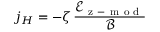
j _ { H } = - \zeta \, \frac { \mathcal { E } _ { \mathrm { ~ z ~ - ~ m ~ o ~ d ~ } } } { \mathcal { B } }